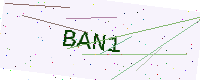
Text: BAN1